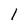
Character: l